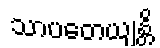
သာပတေယျန္တိ